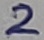
Text: 2